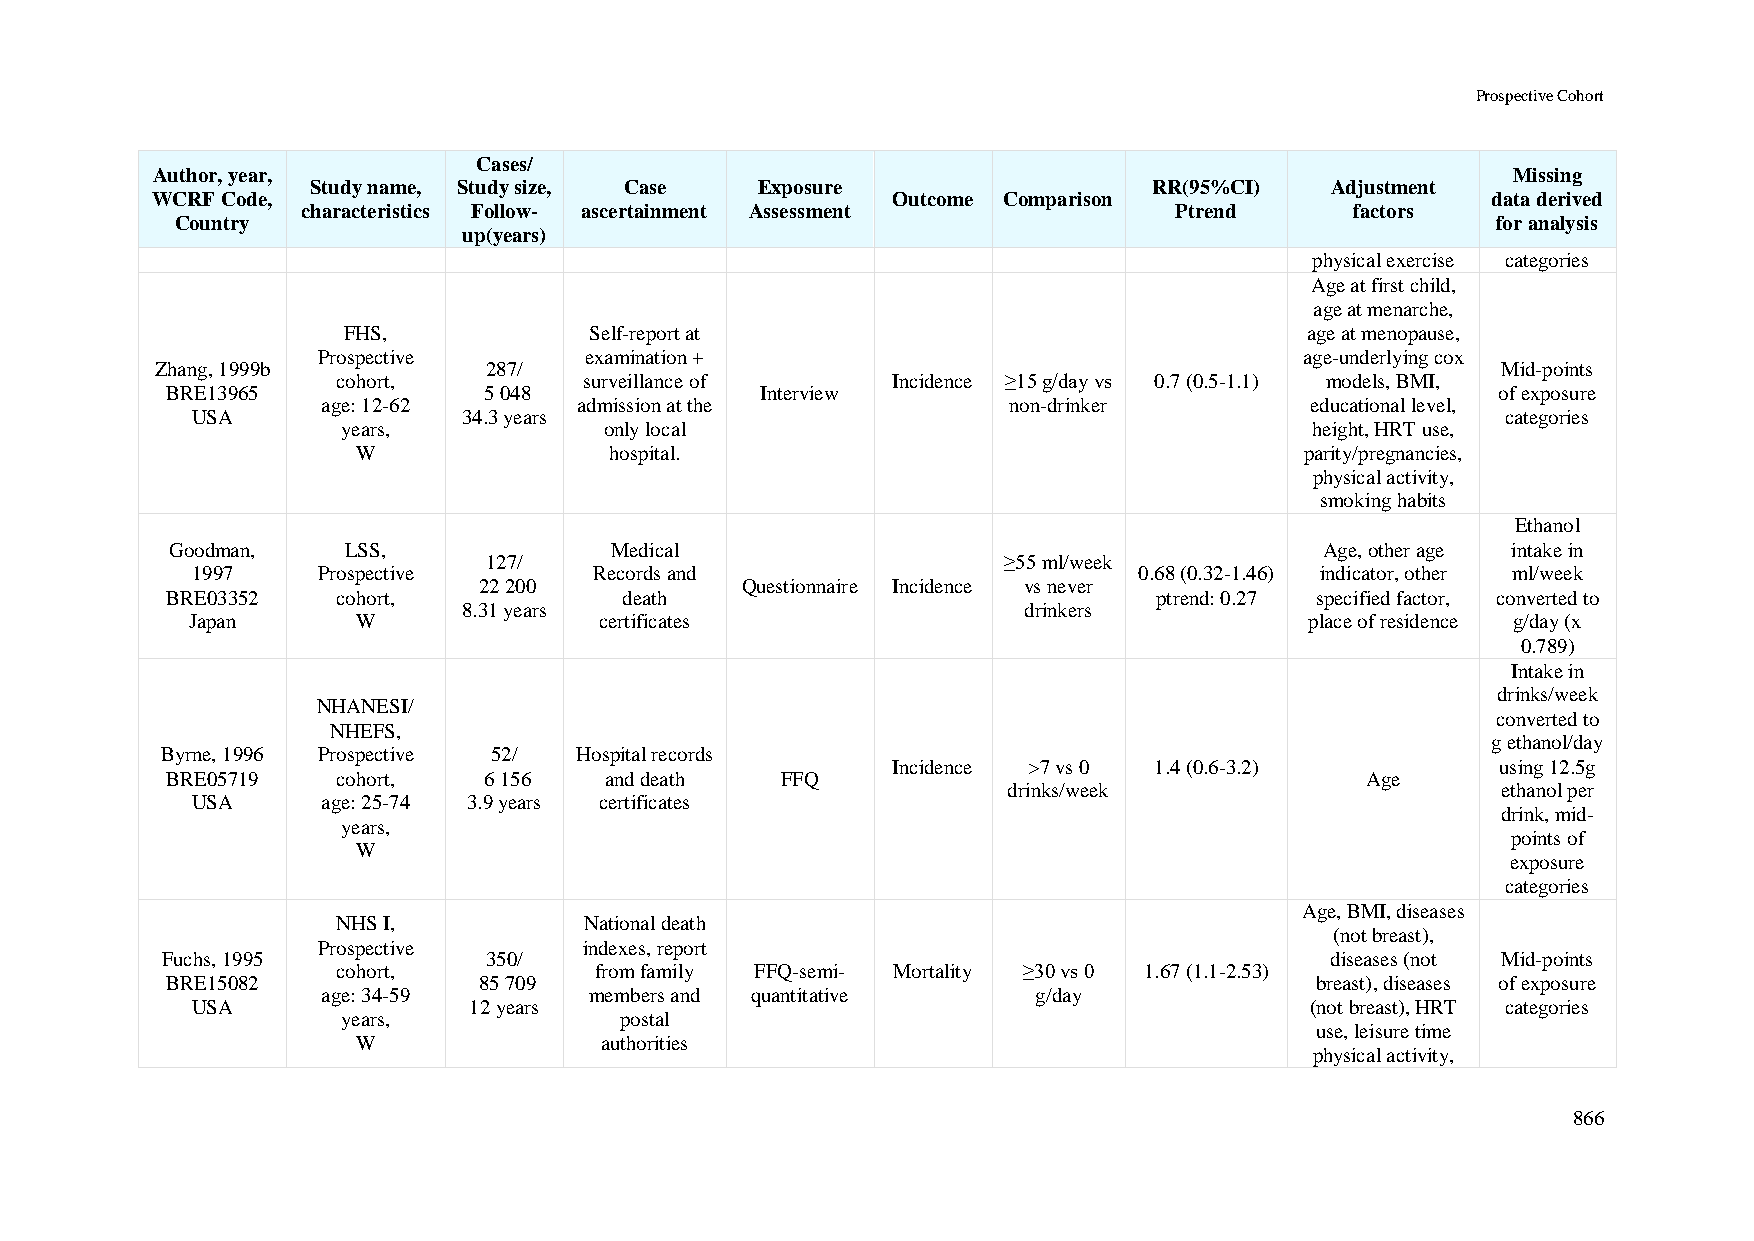
Prospective Cohort
 Cases/
 Author, year,                                                                             Missing
 Study name, Study size, Case Exposure                  RR(95%CI)   Adjustment
 WCRF Code,                                       Outcome Comparison                      data derived
 characteristics Follow- ascertainment Assessment          Ptrend      factors
 Country                                                                                for analysis
 up(years)
 physical exercise categories
 Age at first child,
 age at menarche,
 FHS,            Self-report at                                  age at menopause,
 Prospective       examination +                                  age-underlying cox
 Zhang, 1999b          287/                                                               Mid-points
 cohort,          surveillance of     Incidence ≥15 g/day vs 0.7 (0.5-1.1) models, BMI,
 BRE13965             5 048             Interview                                        of exposure
 age: 12-62       admission at the             non-drinker         educational level,
 USA               34.3 years                                                           categories
 years,           only local                                     height, HRT use,
 W               hospital.                                     parity/pregnancies,
 physical activity,
 smoking habits
 Ethanol
 Goodman,    LSS,             Medical                                         Age, other age intake in
 127/                              ≥55 ml/week
 1997    Prospective       Records and                         0.68 (0.32-1.46) indicator, other ml/week
 22 200           Questionnaire Incidence vs never
 BRE03352   cohort,            death                               ptrend: 0.27 specified factor, converted to
 8.31 years                           drinkers
 Japan       W               certificates                                   place of residence g/day (x
 0.789)
 Intake in
 drinks/week
 NHANESI/
 converted to
 NHEFS,
 g ethanol/day
 Byrne, 1996 Prospective 52/ Hospital records
 Incidence >7 vs 0 1.4 (0.6-3.2)         using 12.5g
 BRE05719   cohort,   6 156   and death   FFQ                                   Age
 drinks/week                     ethanol per
 USA     age: 25-74 3.9 years certificates
 drink, mid-
 years,
 points of
 W
 exposure
 categories
 Age, BMI, diseases
 NHS I,           National death
 (not breast),
 Prospective       indexes, report
 Fuchs, 1995          350/                                                    diseases (not Mid-points
 cohort,          from family FFQ-semi- Mortality ≥30 vs 0 1.67 (1.1-2.53)
 BRE15082             85 709                                                 breast), diseases of exposure
 age: 34-59        members and quantitative      g/day
 USA               12 years                                                (not breast), HRT categories
 years,            postal
 use, leisure time
 W               authorities
 physical activity,
 866